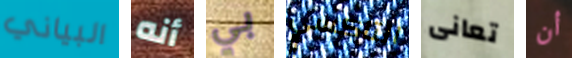
البياني أنه بي التاكسي تعانى أن